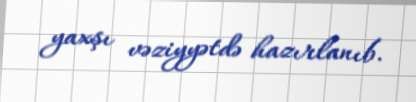
yaxşı vəziyyətdə hazırlanıb.